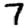
Digit: 7